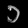
Digit: ၁